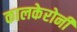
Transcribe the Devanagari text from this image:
कालकेरोनी